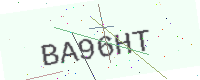
Text: BA96HT